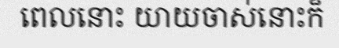
ពេលនោះ យាយចាស់នោះក៏